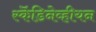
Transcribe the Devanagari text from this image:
स्कॆंडिनेव्हीयन